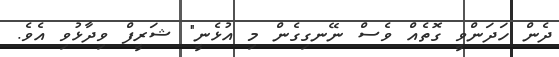
ދެން ހަދަންވީ ގޮތެއް ވެސް ނޭނގިގެން މި އުޅެނީ" ޝަރީފް ވިދާޅުވި އެވެ.